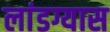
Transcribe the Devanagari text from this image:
लांडग्यास